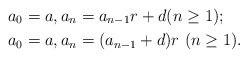
\begin{align*}&a_0=a, a_n = a_{n-1} r + d (n\geq1);\\&a_0=a, a_n = (a_{n-1} + d)r \,\,(n\geq1).\end{align*}